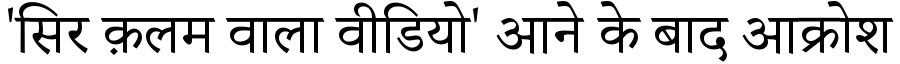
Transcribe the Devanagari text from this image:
'सिर क़लम वाला वीडियो' आने के बाद आक्रोश